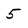
Character: 5